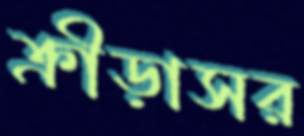
ক্রীড়াসর